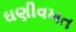
ઘણીવખત